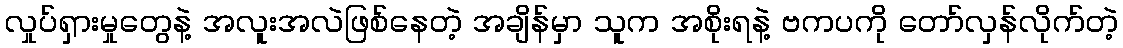
လှုပ်ရှားမှုတွေနဲ့ အလူးအလဲဖြစ်နေတဲ့ အချိန်မှာ သူက အစိုးရနဲ့ ဗကပကို တော်လှန်လိုက်တဲ့